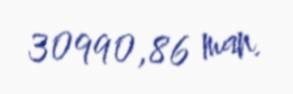
30990,86 man.